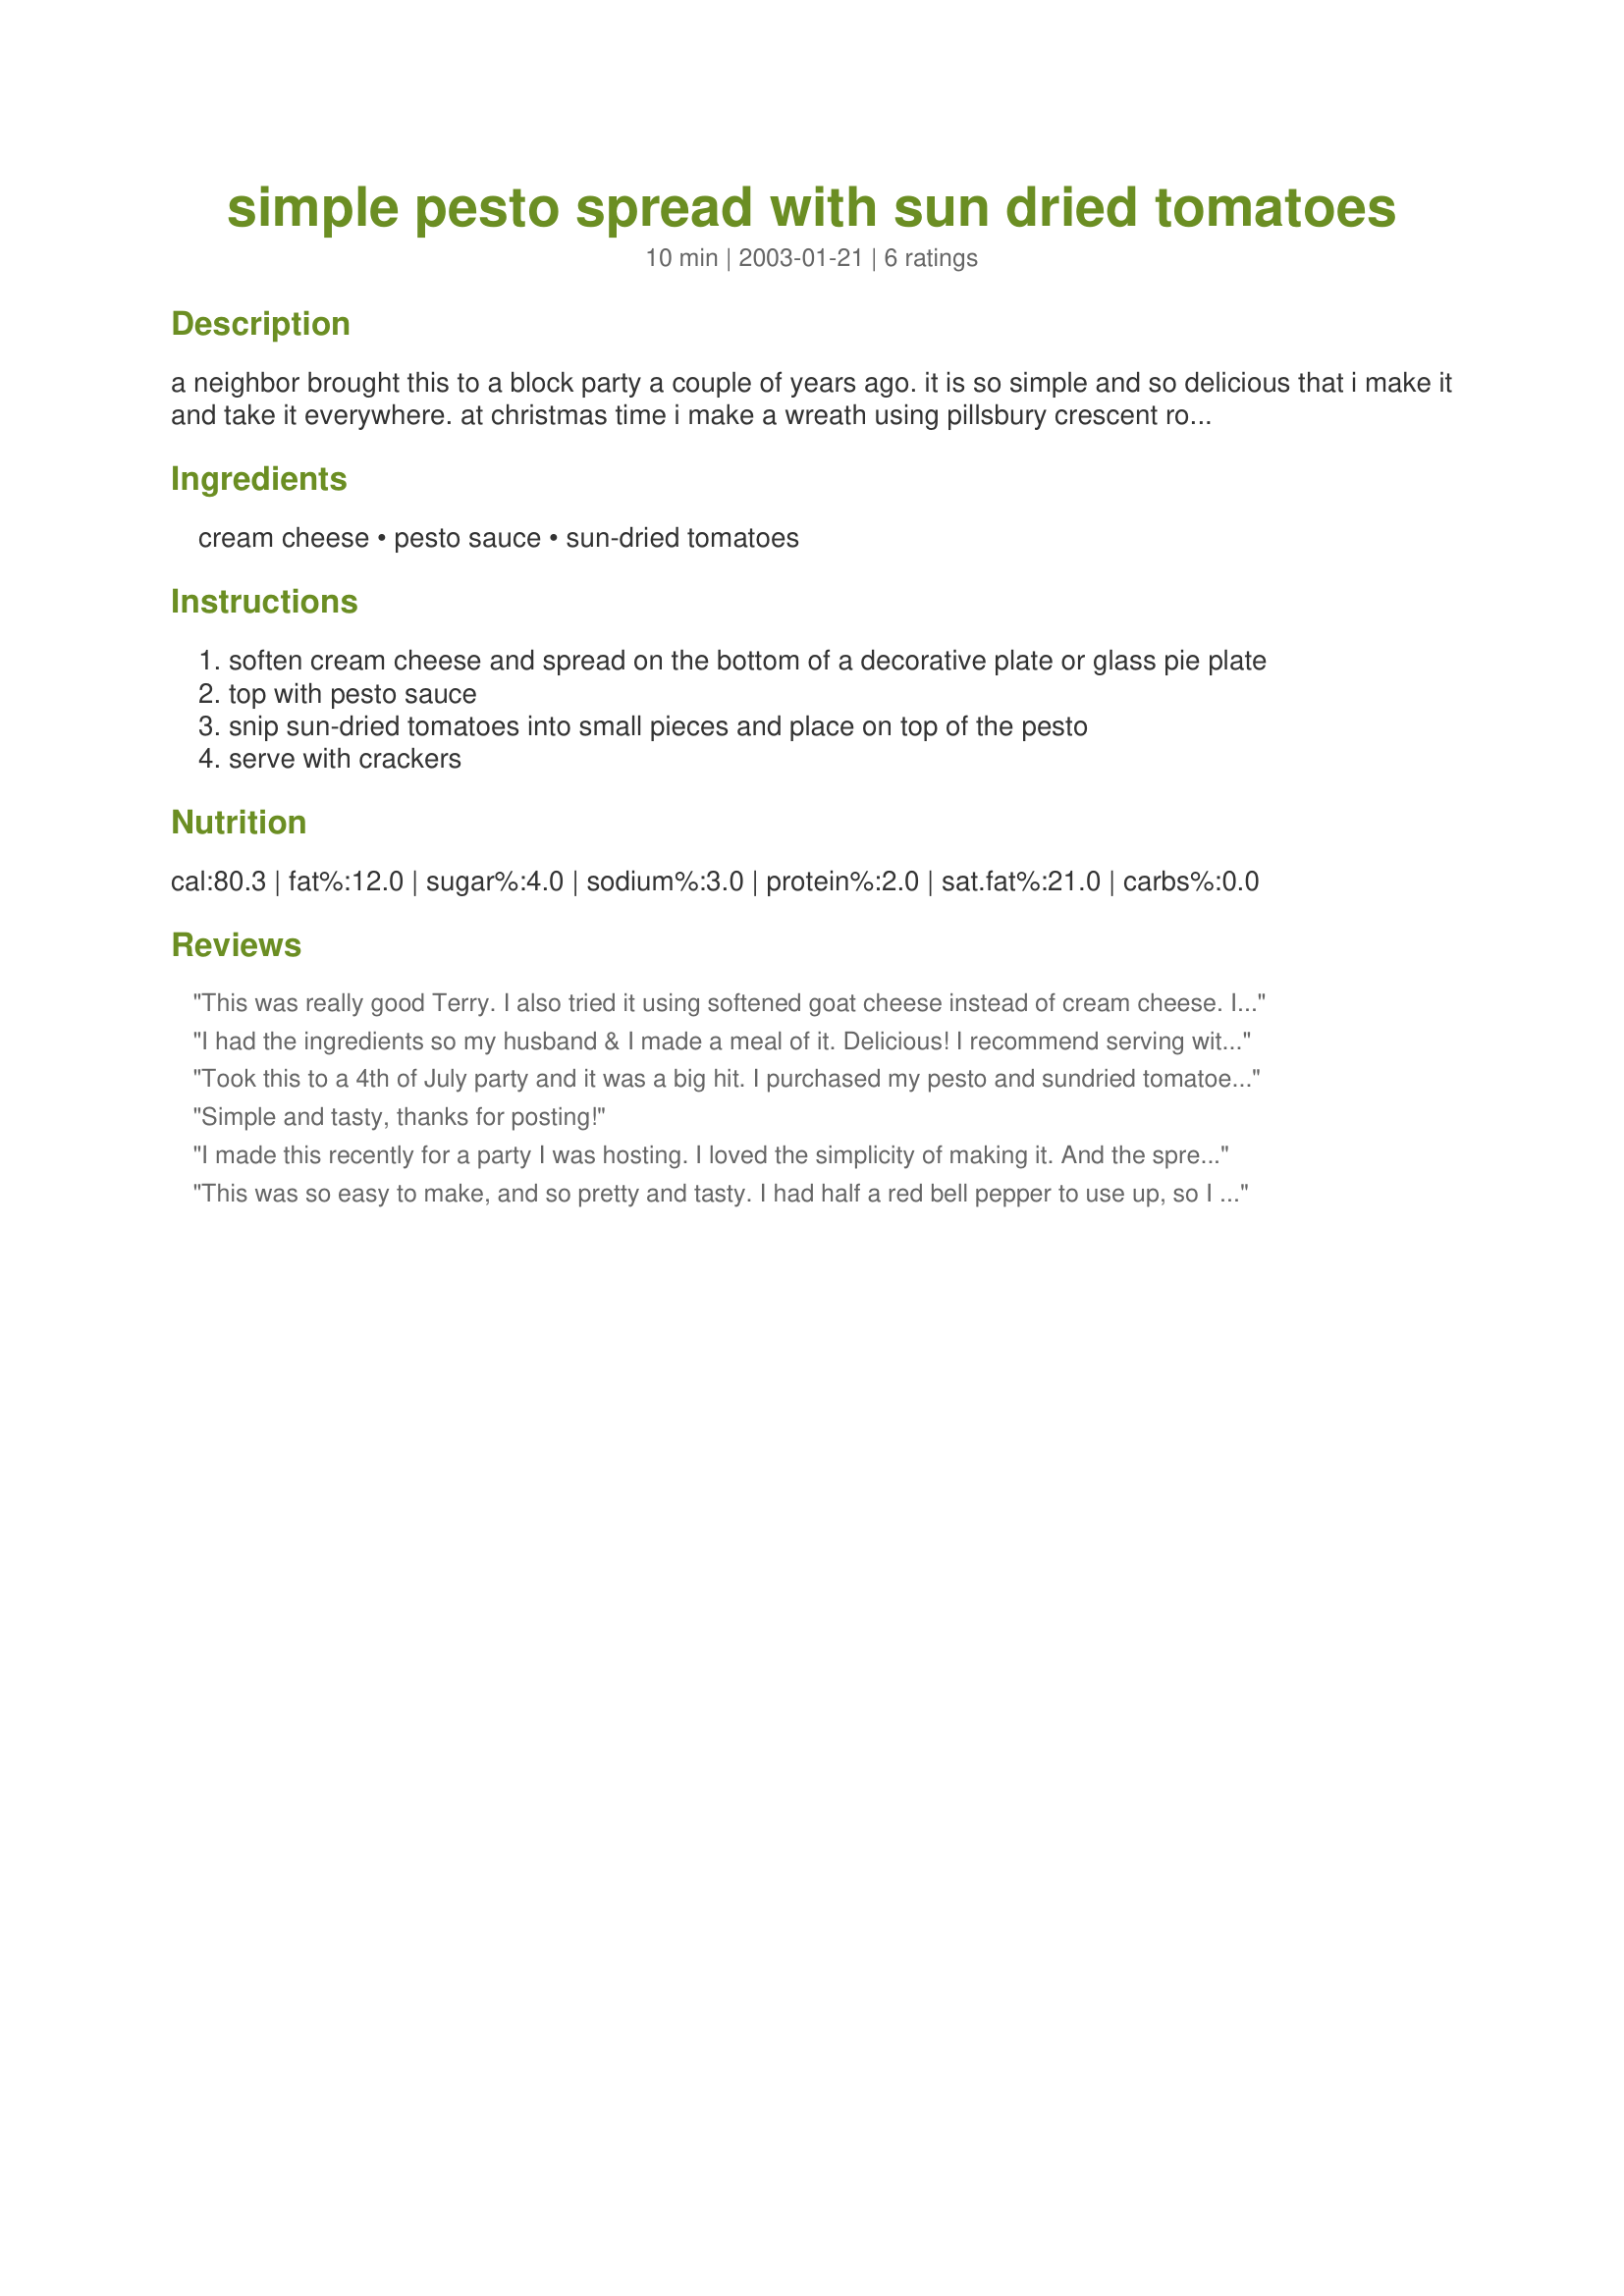
simple pesto spread with sun dried tomatoes
Preparation time: 10 minutes

a neighbor brought this to a block party a couple of years ago. it is so simple and so delicious that i make it and take it everywhere. at christmas time i make a wreath using pillsbury crescent rolls and spread this combo on it. very cute!

Ingredients:
cream cheese, pesto sauce, sun-dried tomatoes

Steps:
soften cream cheese and spread on the bottom of a decorative plate or glass pie plate
top with pesto sauce
snip sun-dried tomatoes into small pieces and place on top of the pesto
serve with crackers

Reviews:
This was really good Terry. I also tried it using softened goat cheese instead of cream cheese. It adds a real WANG! to it.
I had the ingredients so my husband & I made a meal of it. Delicious! I recommend serving with warm baguette.
Took this to a 4th of July party and it was a big hit. I purchased my pesto and sundried tomatoes from Costco and they were fantastic. Love the combination of flavors. Already have plans to double the recipe for the next get together. Thanks for such and easy and simple, yet yummy dip!
Simple and tasty, thanks for posting!
I made this recently for a party I was hosting. I loved the simplicity of making it. And the spread was a BIG hit at the party. I served it with crackers and pita bread. Everyone wanted the recipe!! This one is a keeper.
This was so easy to make, and so pretty and tasty. I had half a red bell pepper to use up, so I diced it up and used it instead of the sun-dried tomatoes. I served this with toasted baguette slices. I plan on making this again as an easy appetizer at Christmas - the red and green is so festive.
